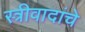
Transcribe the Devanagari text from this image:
स्त्रीवादांचे